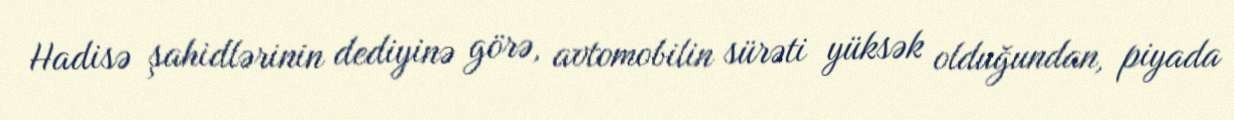
Hadisə şahidlərinin dediyinə görə, avtomobilin sürəti yüksək olduğundan, piyada